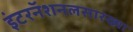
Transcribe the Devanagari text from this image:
इंटरनॅशनलसारख्या